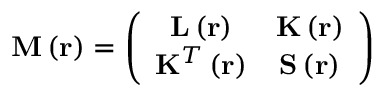
\mathbf { M } \left( \mathbf { r } \right) = \left( \begin{array} { c c } { \mathbf { L } \left( \mathbf { r } \right) } & { \mathbf { K } \left( \mathbf { r } \right) } \\ { \mathbf { K } ^ { T } \left( \mathbf { r } \right) } & { \mathbf { S } \left( \mathbf { r } \right) } \end{array} \right)